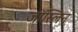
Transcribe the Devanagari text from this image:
जॉस्लिन